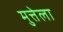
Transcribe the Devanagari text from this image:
मुत्तेला